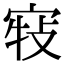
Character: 𡨣